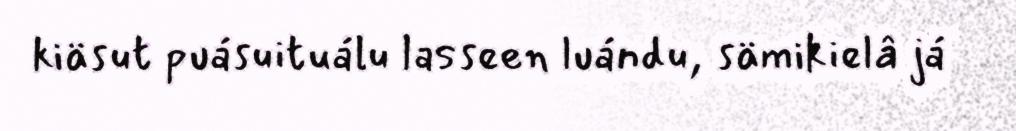
kiäsut puásuituálu lasseen luándu, sämikielâ já